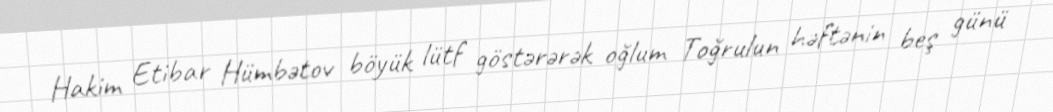
Hakim Etibar Hümbətov böyük lütf göstərərək oğlum Toğrulun həftənin beş günü